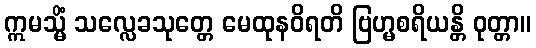
ဣမသ္မိံ သလ္လေခသုတ္တေ မေထုနဝိရတိ ဗြဟ္မစရိယန္တိ ဝုတ္တာ။